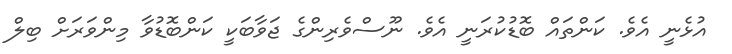
އުޅެނީ އެވެ. ކަންތައް ބޮޑުކުރަނީ އެވެ. ނޫސްވެރިންގެ ޖަވާބަކީ ކަންބޮޑުވާ މިންވަރަށް ބިލް